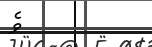
ވެ